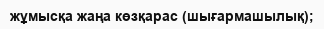
жұмысқа жаңа көзқарас (шығармашылық);